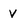
Character: v